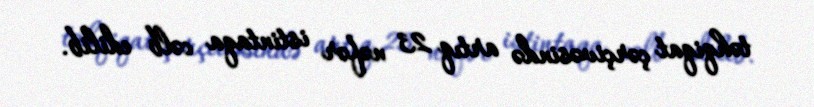
təhqiqat çərçivəsində artıq 23 nəfər istintaqa cəlb edilib.